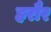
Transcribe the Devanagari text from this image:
हरौर